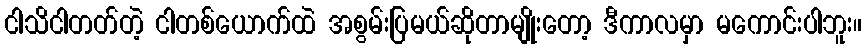
ငါသိငါတတ်တဲ့ ငါတစ်ယောက်ထဲ အစွမ်းပြမယ်ဆိုတာမျိုးတော့ ဒီကာလမှာ မကောင်းပါဘူး။